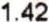
1.42